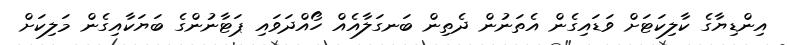
އިންޑިޔާގެ ކާލިކަޓަށް ވަޑައިގެން އެތަނުން ދެތިން ބަނގަލާއެއް ހޯއްދަވައި ޕަޓާނުންގެ ބަޔަކާއިގެން މަލިކަށް